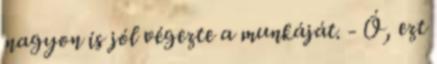
nagyon is jól végezte a munkáját. - Ó, ezt